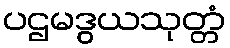
ပဌမဒွယသုတ္တံ